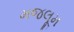
મજલૂમ